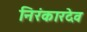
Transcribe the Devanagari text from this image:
निरंकारदेव